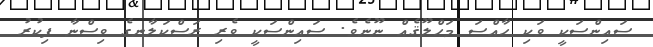
ސައިންސަކީ ވަކި ހާއްސަ މަޙްލޫޤެއް ނޫނެވެ. ސައިންސަކީ ވެރި ރަސްކަލާނގެ ވިސްނާ ފިކުރު